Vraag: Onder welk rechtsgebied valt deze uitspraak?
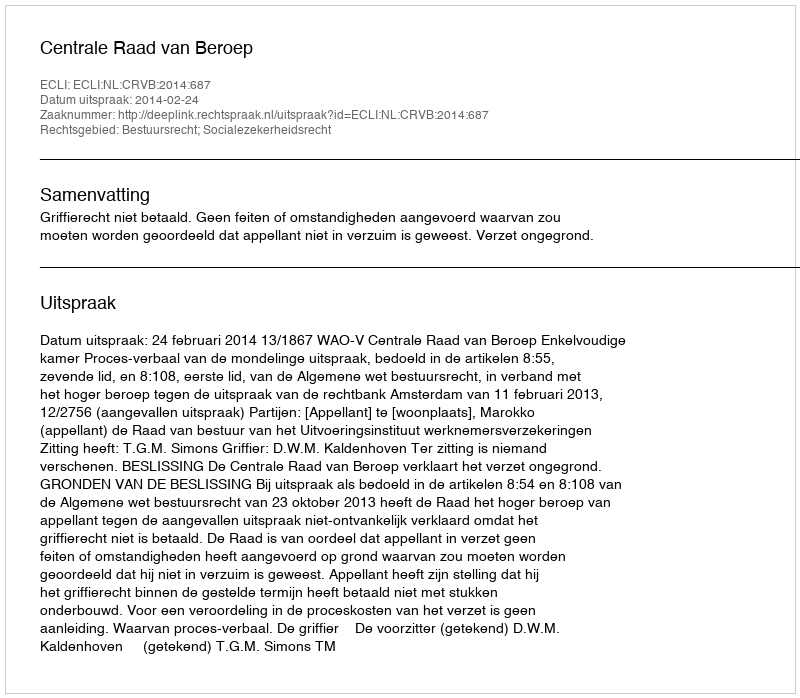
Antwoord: Bestuursrecht; Socialezekerheidsrecht